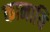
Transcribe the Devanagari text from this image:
कानायि